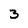
Character: 3